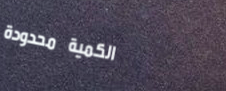
الكمية محدودة